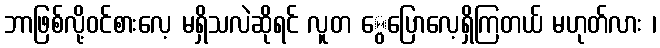
ဘာဖြစ်လို့ဝင်စားလေ့ မရှိသလဲဆိုရင် လူတ ွေပြောလေ့ရှိကြတယ် မဟုတ်လား ၊